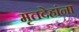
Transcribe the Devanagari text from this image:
मृतदेहांना